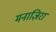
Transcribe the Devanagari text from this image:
मनाज़िरा